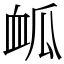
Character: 𮕟